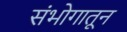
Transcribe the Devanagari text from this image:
संभोगातून